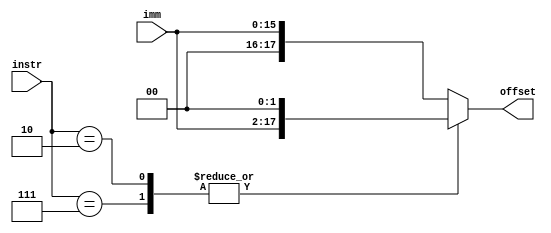
`timescale 1ns / 1ps
//////////////////////////////////////////////////////////////////////////////////
// Company: 
// Engineer: 
// 
// Design Name: 
// Module Name:    sign_extend 
// Project Name: 
// Target Devices: 
// Tool versions: 
// Description: 
//
// Dependencies: 
//
// Revision: 
// Revision 0.01 - File Created
// Additional Comments: 
//
//////////////////////////////////////////////////////////////////////////////////
module sign_extend(
	input [5:0] instr,
	input [15:0] imm,
	output reg [17:0] offset
);

parameter BGTZ = 6'b000111;
parameter J = 6'b000010;

always@(*)
begin
	case(instr)
		BGTZ:
			offset <= imm << 2;
		J:
			offset <= imm << 2;
		default:
			offset <= {2'b0, imm};
	endcase
end

endmodule